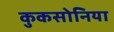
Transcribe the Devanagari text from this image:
कुकसोनिया